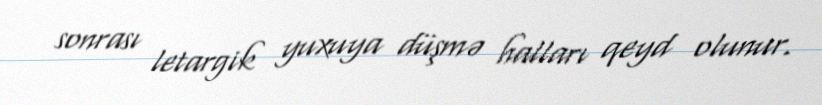
sonrası letargik yuxuya düşmə halları qeyd olunur.